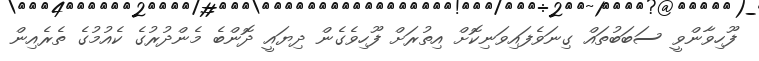
ފޫހިވާންވީ ސަބަބުތައް ގިނަވެފައިވަނިކޮށް އިތުރަށް ފޫހިވެގެން ދިޔައީ ދޮންބެ މެންދުރުގެ ކެއުމުގެ ތެރެއިން